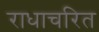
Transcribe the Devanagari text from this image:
राधाचरित